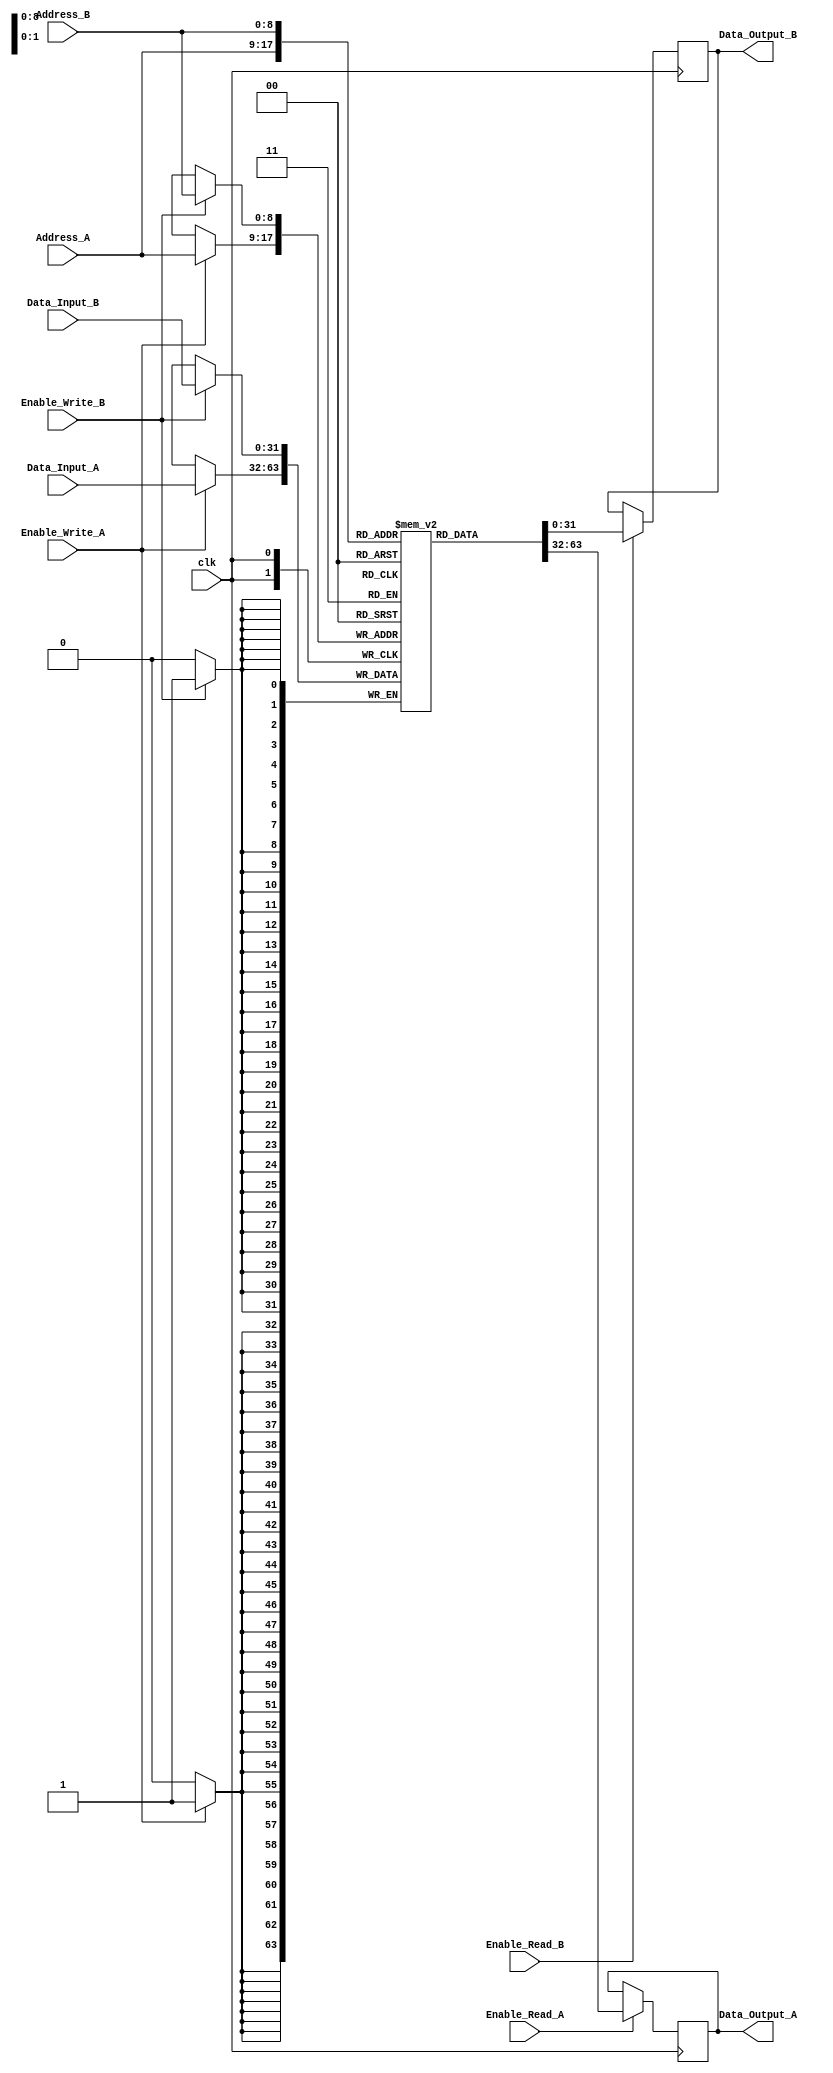
`timescale 1ns / 1ps


module 
 true_dual_port_memory #(parameter
///////////advanced parameters//////////
	DATA_WIDTH 				= 32,
	MEM_SIZE 				= 512
)(
	input clk,
	
	input [DATA_WIDTH-1:0] Data_Input_A,
    input [$clog2(MEM_SIZE)-1:0] Address_A,
    input Enable_Write_A,
    input Enable_Read_A, 
  
    input [DATA_WIDTH-1:0] Data_Input_B,
    input [$clog2(MEM_SIZE)-1:0] Address_B,
    input Enable_Write_B,
    input Enable_Read_B, 
  
    output reg [DATA_WIDTH-1:0] Data_Output_A,
    output reg [DATA_WIDTH-1:0] Data_Output_B
    );
    
    reg [DATA_WIDTH-1:0] IFM_Memory [MEM_SIZE-1:0];

    always @(posedge clk)
    begin
        if(Enable_Write_A)
            IFM_Memory[Address_A] <= Data_Input_A;
        if(Enable_Read_A)    
            Data_Output_A <= IFM_Memory[Address_A];
    end
 
    always @(posedge clk)
    begin
        if(Enable_Write_B)
            IFM_Memory[Address_B] <= Data_Input_B;
        if(Enable_Read_B)    
            Data_Output_B <= IFM_Memory[Address_B];
    end

endmodule